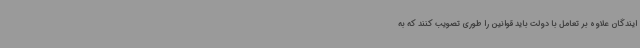
ایندگان علاوه بر تعامل با دولت باید قوانین را طوری تصویب کنند که به